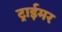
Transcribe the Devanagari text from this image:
ट्राईमर